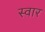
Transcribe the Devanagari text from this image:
स्‍वार